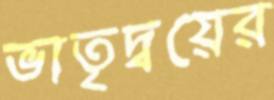
ভাতৃদ্বয়ের